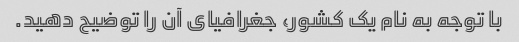
با توجه به نام یک کشور، جغرافیای آن را توضیح دهید.